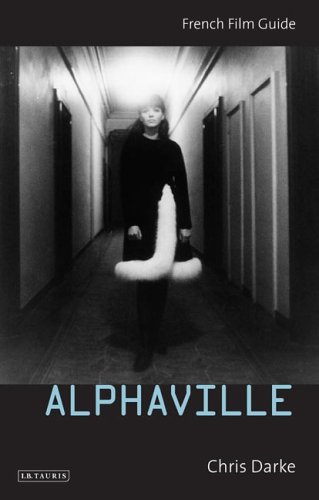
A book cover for Alphaville (French Film Guides); Chris Darke; Humor & Entertainment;